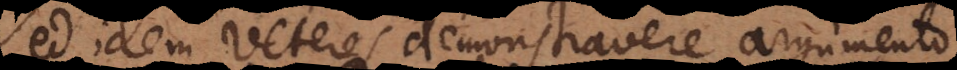
Sed idem veteres demonstravere argumento